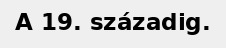
A 19. századig.